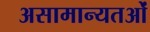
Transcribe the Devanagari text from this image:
असामान्यतओं